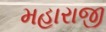
મહારાજી